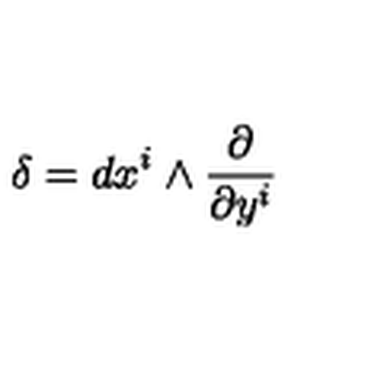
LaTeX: \delta = d x ^ { i } \wedge \frac { \partial } { \partial y ^ { i } }